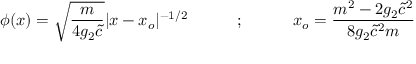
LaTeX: \phi ( x ) = \sqrt { \frac { m } { 4 g _ { 2 } \tilde { c } } } \vert x - x _ { o } \vert ^ { - 1 / 2 } ~ ~ ~ ~ ~ ~ ~ ~ ~ ; ~ ~ ~ ~ ~ ~ ~ ~ ~ x _ { o } = \frac { m ^ { 2 } - 2 g _ { 2 } \tilde { c } ^ { 2 } } { 8 g _ { 2 } \tilde { c } ^ { 2 } m }